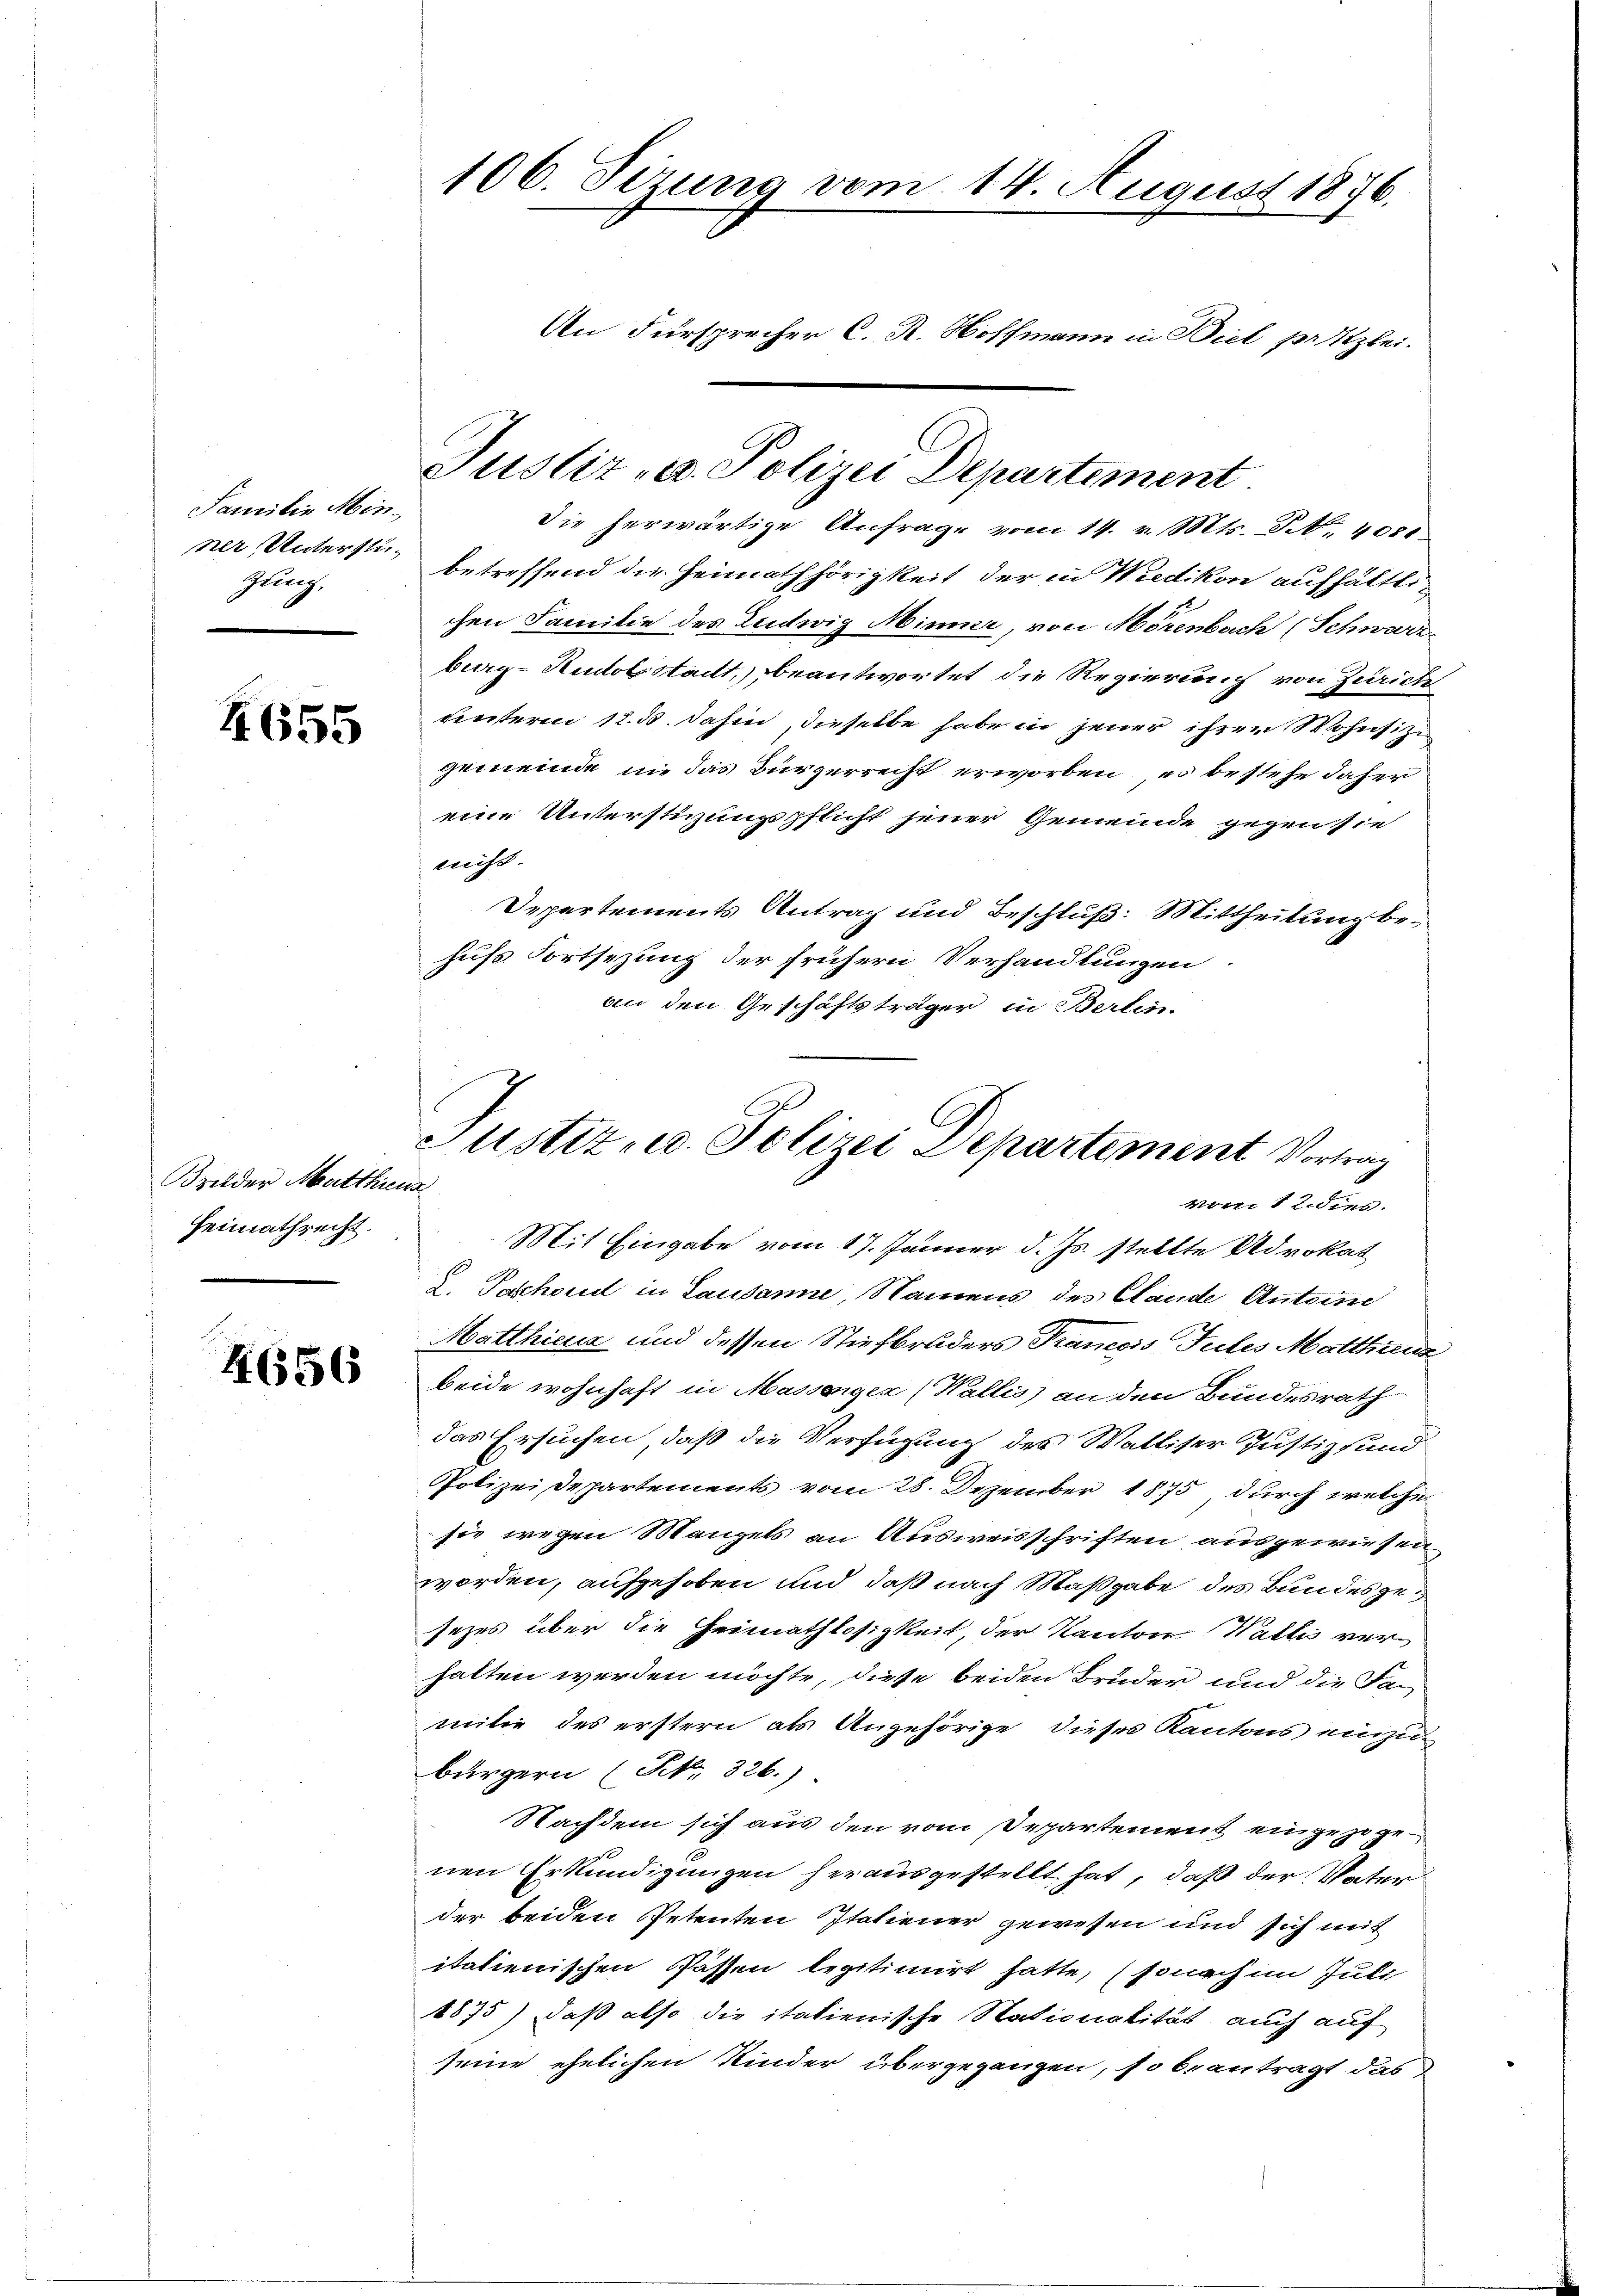
Samilie Min.
ner, Unterstügung,

4655

Bilder Matthung
Heimathrecht.

656

Justiz- u. Polizei Departement.
Die herwärtige Anfrage vom 14. v. Mts. S. 4081.
betreffend die Heimathörigkeit der in Wiedikon aufhältli
chen Familie des Ludwig Minner, von Hörenbach (Schwere
berg-Rudolstadt, beantwortet die Regierung von Zürich
unterm 12. 3. dahin, dieselbe habe in jener ihrer Wohnsitze
gemeinde in das Bürgerrecht erworben es bestehe daher
eine Unterstirungspflicht jener Gemeinde gegen sie
nicht. |
Departements Antrag und Beschluß: Mittheilung behufs Fortsezung der frühern Verhandlungen
an den Geschäftsträger, in Berlin-

106. Sizung vom 14. August 1876.
An Fürsprecher C. R. Noschmann in Biel przlei.

Justiz- u. Polizei Departement Vortrag
vom 12. dies.

Mit Eingabe vom 17. Jänner d. Js. stellte Advokat
d. Poschon in Lausanne, Namens des Stande Antoind
Matthicus und dessen Stiefbruders Tramois Tutes Matthaus
beide wohnhaft in Massenger (Wallis) an den Bundesrath
das Ersuchen, daß die Verfügung des Walliser Justiz- und
Polizei Departements vom 28. Dezember 1875 durch welcher
sie wegen Mangels an Ausweisschriften ausgewiesen
worden, aufgehoben und daß nach Maßgabe des Bundesgesezes über die Heimathlosigkeit, der Kanton Wallis verhatten werden möchte, diese beiden Bruder und die Familie des erstern als Angehörige, dieses Kantons einzu
bürgern (No. 326.)
Nachdem sich aus den vom Departement eingezogenen Erkundigungen herausgestellt hat, daß der Vater
der beiden Petenten Italiener gewesen und sich mit
italienischen Passen legitimirt hatte, (sonach im Juli
1875) daß also die italienische Nationalität auch auf
seine ehelichen Kinder übergegangen, so beantragt das